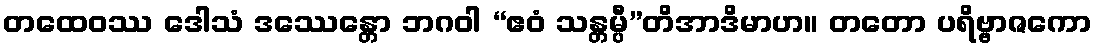
တထေဝဿ ဒေါသံ ဒဿေန္တော ဘဂဝါ “ဧဝံ သန္တမ္ပီ”တိအာဒိမာဟ။ တတော ပရိဗ္ဗာဇကော